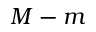
M - m